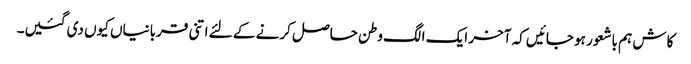
کاش ہم باشعور ہو جائیں کہ آخر ایک الگ وطن حاصل کرنے کے لئے اتنی قربانیاں کیوں دی گئیں۔